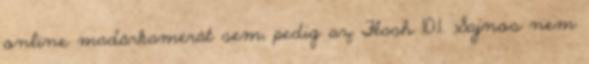
online madárkamerát sem, pedig az Flash 10.1. Sajnos nem